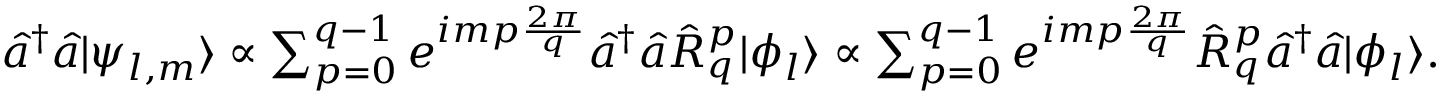
\begin{array} { r } { \hat { a } ^ { \dagger } \hat { a } | \psi _ { l , m } \rangle \propto \sum _ { p = 0 } ^ { q - 1 } e ^ { i m p \frac { 2 \pi } { q } } \hat { a } ^ { \dagger } \hat { a } \hat { R } _ { q } ^ { p } | \phi _ { l } \rangle \propto \sum _ { p = 0 } ^ { q - 1 } e ^ { i m p \frac { 2 \pi } { q } } \hat { R } _ { q } ^ { p } \hat { a } ^ { \dagger } \hat { a } | \phi _ { l } \rangle . } \end{array}